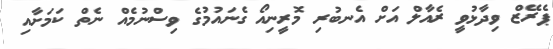
ޕެރޭޒް ވިދާޅުވީ ރެއާލް އަށް އެނބުރި މޮރީނިއޯ ގެނައުމުގެ ވިސްނުމެއް ނެތް ކަމަށާއި